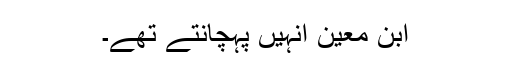
ابن معین انہیں پہچانتے تھے۔